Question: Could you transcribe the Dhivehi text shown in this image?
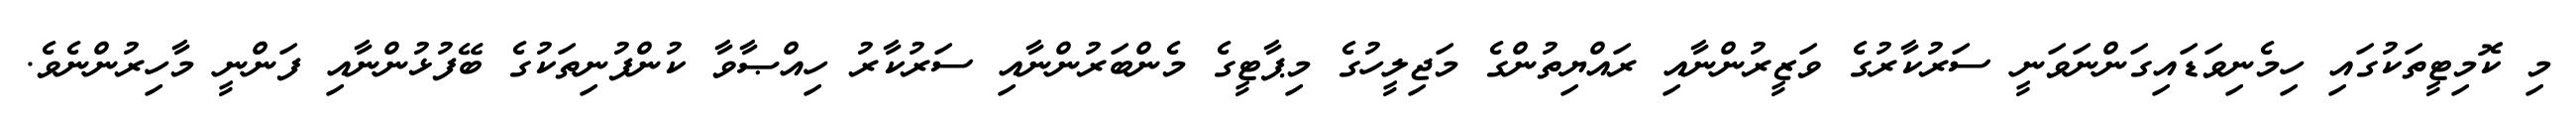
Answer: މި ކޮމިޓީތަކުގައި ހިމެނިވަޑައިގަންނަވަނީ ސަރުކާރުގެ ވަޒީރުންނާއި ރައްޔިތުންގެ މަޖިލީހުގެ މިޕާޓީގެ މެންބަރުންނާއި ސަރުކާރު ހިއްޞާވާ ކުންފުނިތަކުގެ ބޭފުޅުންނާއި ފަންނީ މާހިރުންނެވެ.